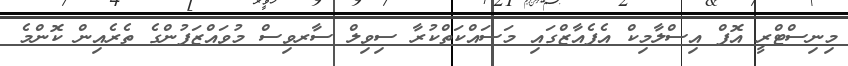
މިނިސްޓްރީ އޮފް އިސްލާމިކް އެފެއާޒްގައި މަސައްކަތްކުރާ ސިވިލް ސާރވިސް މުވައްޒަފުންގެ ތެރެއިން ކޮންމެ